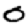
Digit: 0